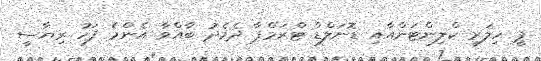
ޕީ ހިލަރީ ކްލިންޓަންއާއި ޑޮނަލްޑް ޓްރަމްޕާ ދެމެދު ބާއްވާ އެންމެ ފަހު ރިޔާސީ